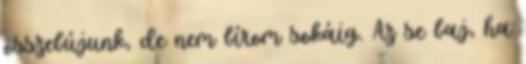
összebújunk, de nem bírom sokáig. Az se baj, ha